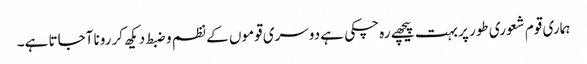
ہماری قوم شعوری طور پر بہت پیچھے رہ چکی ہے دوسری قوموں کے نظم و ضبط دیکھ کر رونا آجاتا ہے۔